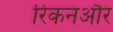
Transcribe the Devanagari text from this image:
रिकनऔर